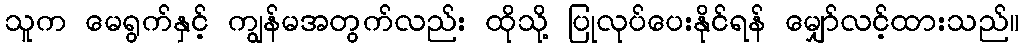
သူက မေရွက်နှင့် ကျွန်မအတွက်လည်း ထိုသို့ ပြုလုပ်ပေးနိုင်ရန် မျှော်လင့်ထားသည်။